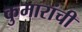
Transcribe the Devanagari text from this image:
कुमारांची